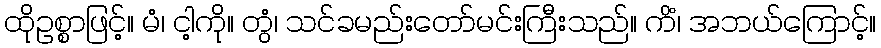
ထိုဥစ္စာဖြင့်။ မံ၊ ငါ့ကို။ တွံ၊ သင်ခမည်းတော်မင်းကြီးသည်။ ကိံ၊ အဘယ်ကြောင့်။